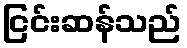
ငြင်းဆန်သည်